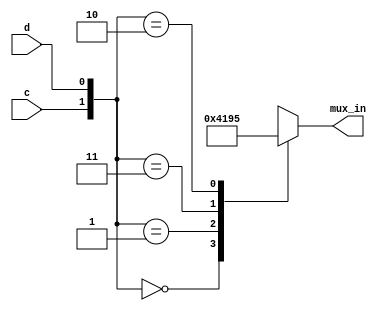
module top_module (
    input c,
    input d,
    output [3:0] mux_in
); 


always @(*) begin

    case ({c,d})

        2'b00: mux_in = 4'b0100; 
        2'b01: mux_in = 4'b0001; 
        2'b11: mux_in = 4'b1001;
        2'b10: mux_in = 4'b0101; 

    endcase
    
end
endmodule